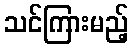
သင်ကြားမည့်